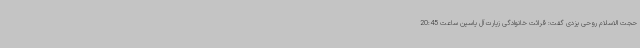
حجت الاسلام روحی یزدی گفت: قرائت خانوادگی زیارت آل یاسین ساعت 20:45